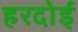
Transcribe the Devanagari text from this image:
हरदाेई